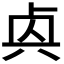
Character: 𠧯